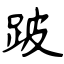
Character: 跛